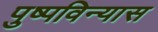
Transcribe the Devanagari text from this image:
पुष्पविन्यास